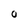
Character: 0